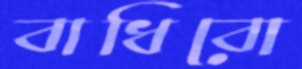
বাধিবো